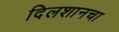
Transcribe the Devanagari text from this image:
दिलशानचा